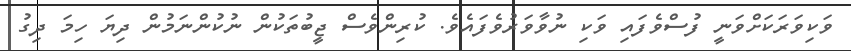
ވަކިވަރަކަށްވަނީ ފުސްވެފައި ވަކި ނުވާވަރުވެފައެވެ. ކުރިންވެސް ޖީބުތަކުން ނުކުންނަމުން ދިޔަ ހިމަ ދިގު